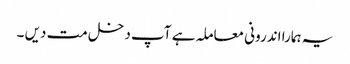
یہ ہمارا اندرونی معاملہ ہے آپ دخل مت دیں ۔